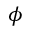
\phi